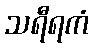
သရီရကံ